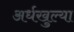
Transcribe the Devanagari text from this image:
अर्धखुल्या